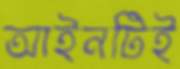
আইনটিই